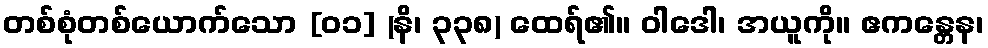
တစ်စုံတစ်ယောက်သော [၀၁] (နိ၊ ၃၃၈) ထေရ်၏။ ဝါဒေါ၊ အယူကို။ ဧကန္တေန၊